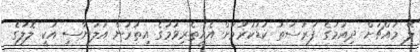
ލޭ މައްޗަށް ދިއުމުގެ ފުރުސަތު ކުޑަކުރުމަށް އެހީތެރިވުމުގެ އިތުރުން އަލަނާސި އަކީ ލޮލުގެ